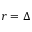
r = \Delta